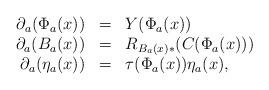
LaTeX: \begin{align*}\begin{array}{rcl}\partial_a(\Phi_a(x))&=&Y(\Phi_a(x))\\\partial_a(B_a(x))&=&R_{B_a(x)*}(C(\Phi_a(x)))\\\partial_a(\eta_a(x))&=&\tau(\Phi_a(x))\eta_a(x),\end{array}\end{align*}